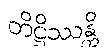
တိဋ္ဌိဿန္တိ